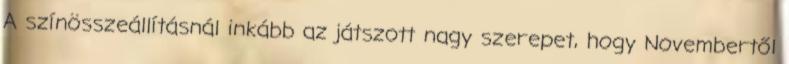
A színösszeállításnál inkább az játszott nagy szerepet, hogy Novembertől